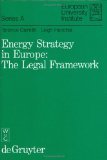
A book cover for Energy Strategy in Europe: The Legal Framework (European University Institute, Series a, Law 4); Terence Daintith; Law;